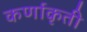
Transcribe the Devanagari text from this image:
कर्णाकृती